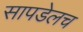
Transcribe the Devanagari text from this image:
सापडेलच